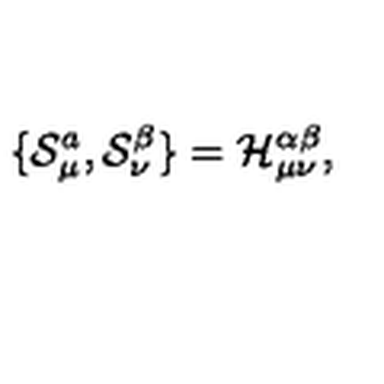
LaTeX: \{ { \cal S } _ { \mu } ^ { a } , { \cal S } _ { \nu } ^ { \beta } \} = { \cal H } _ { \mu \nu } ^ { \alpha \beta } ,